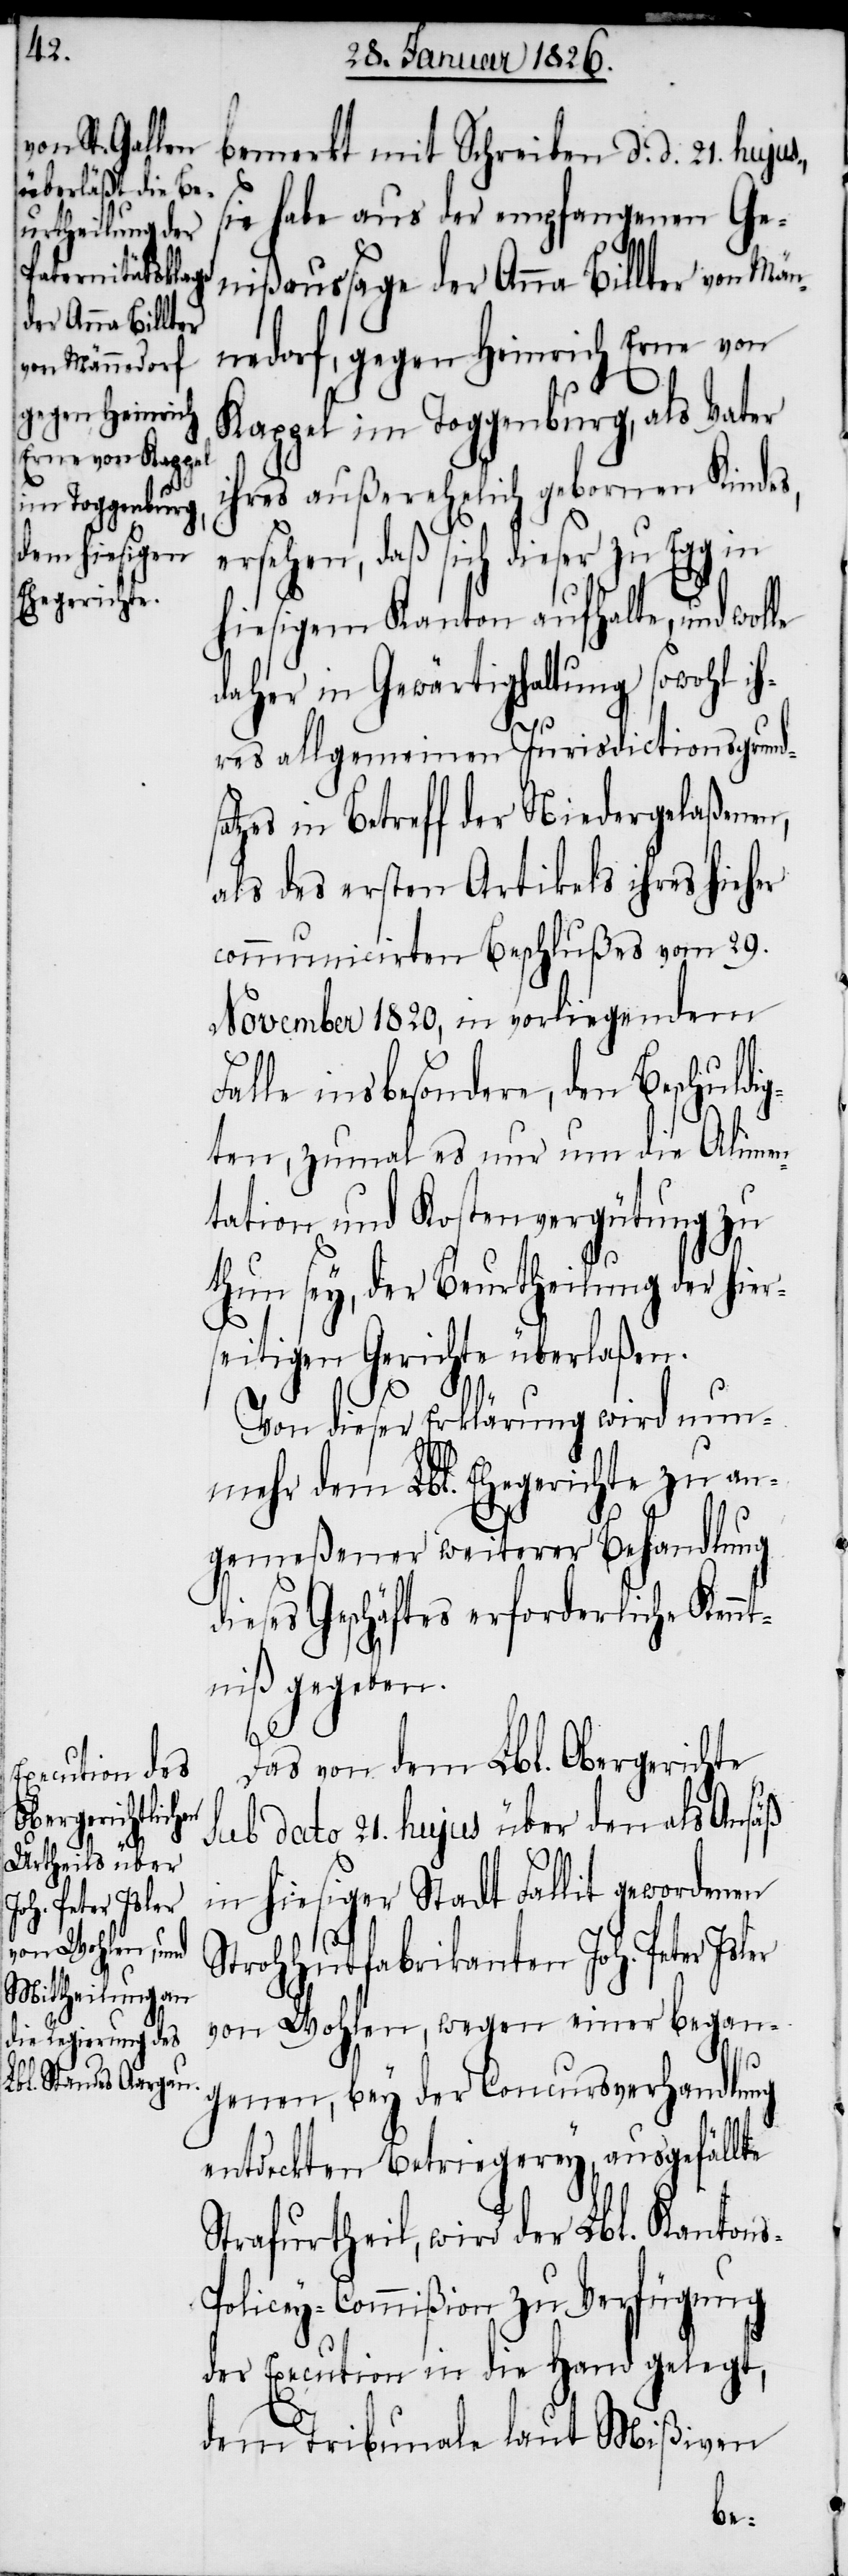
bemerkt mit Schreiben d. d. 21. hujus,
sie habe aus der empfangenen Ge¬
nißaussage der Anna Billter von Män¬
nedorf, gegen Heinrich Erne von
Kappel im Toggenburg, als Vater
ihres außerehelich gebornen Kindes,
ersehen, daß sich dieser zu Egg
hiesigem Kanton aufhalte, und wol¬
daher in Gewärtighaltung sowohl ih¬
le
res allgemeinen Jurisdictionsgrunds¬
atzes in Betreff der Niedergelaßenen,
als des ersten Artikels ihres hieher
communicirten Beschlußes vom 29.
November 1820, in vorliegendem
lle insbesondere, den Beschuldi¬
gten, zumal es nur um die Alimen¬
tation und Kostenvergütung zu
thun sey, der Beurtheilung der hier¬
seitigen Gerichte überlaßen.
Von dieser Erklärung wird nun¬
mehr dem Lbl. Ehegerichte zu an¬
gemeßener weiterer Behandlung
dieses Geschäftes erforderliche Kennt¬
niß gegeben.
Das von dem Lbl. Obergerichte
sub dato 21. hujus über den als Ansäß
in hiesiger Stadt Fallit gewordenen
Strohhutfabrikanten Joh. Peter Isler
von Wohlen, wegen einer began¬
genen, bey der Concursverhandlung
entdeckten Betriegerey, ausgefällte
Strafurtheil, wird der Lbl. Kanton¬
olicey-Commißion zu Verfügung
der Execution in die Hand gelegt,
dem Tribunale laut Mißiven
s-P¬